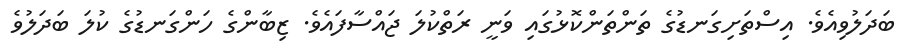
ބަދަލުވިއެވެ. އިސްތަށިގަނޑުގެ ތަންތަންކޮޅުގައި ވަނީ ރަތްކުލަ ޖައްސާފައެވެ. ޒިބާންގެ ހަންގަނޑުގެ ކުލަ ބަދަލުވެ